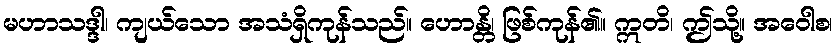
မဟာသဒ္ဒါ၊ ကျယ်သော အသံရှိကုန်သည်။ ဟောန္တိ၊ ဖြစ်ကုန်၏။ ဣတိ၊ ဤသို့။ အဝေါစ၊